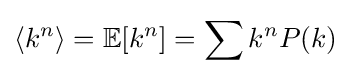
\langle k^{n}\rangle =\mathbb {E} [k^{n}]=\sum k^{n}P(k)